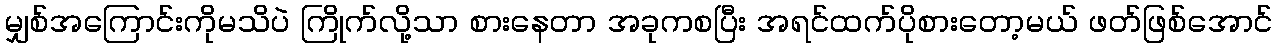
မျှစ်အကြောင်းကိုမသိပဲ ကြိုက်လို့သာ စားနေတာ အခုကစပြီး အရင်ထက်ပိုစားတော့မယ် ဖတ်ဖြစ်အောင်